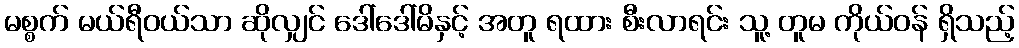
မစ္စက် မယ်ရီဝယ်သာ ဆိုလျှင် ဒေါ်ဒေါ်မိနှင့် အတူ ရထား စီးလာရင်း သူ့ တူမ ကိုယ်ဝန် ရှိသည့်